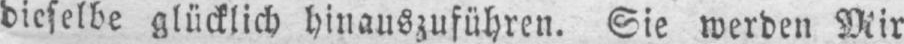
dieselbe glücklich hinauszuführen. Sie werden Mir